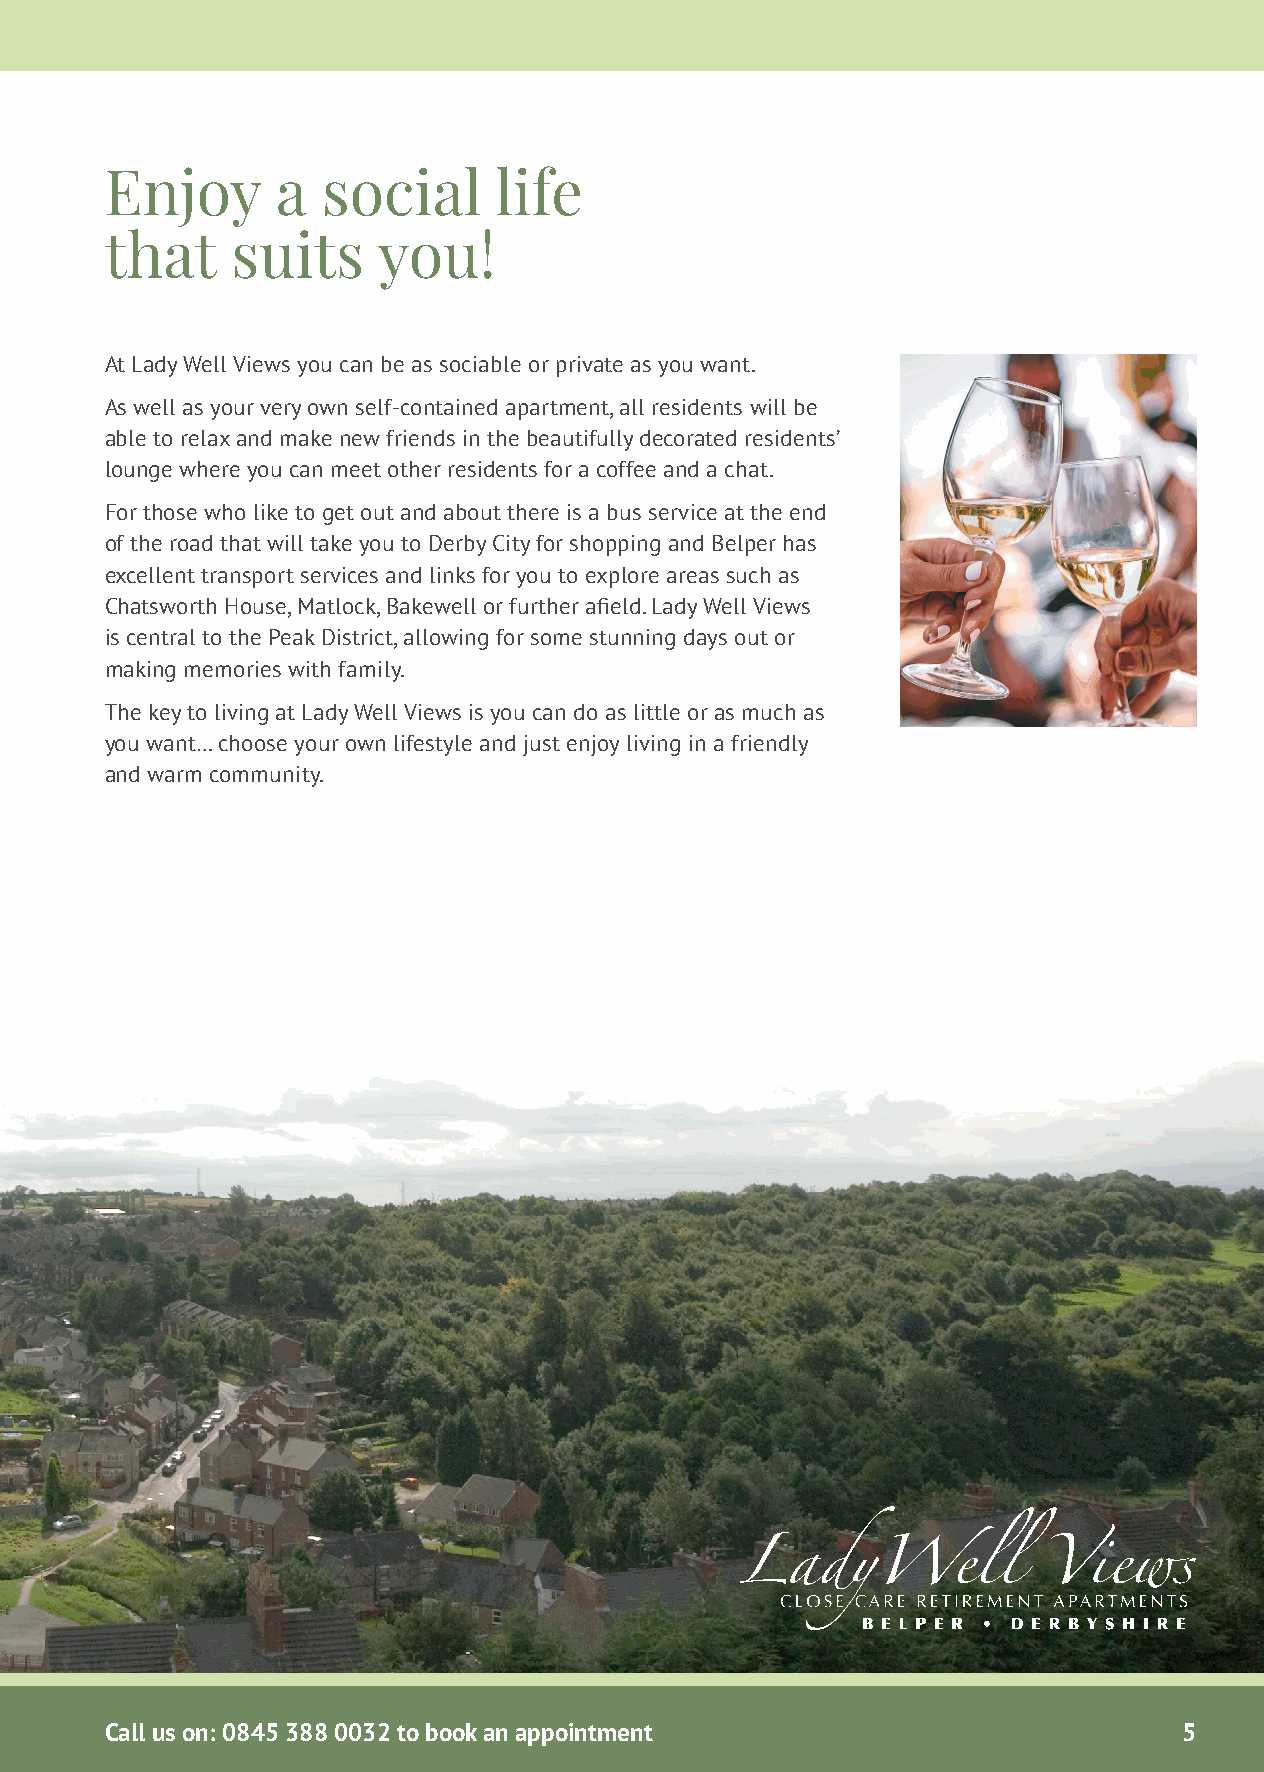
Enjoy      a  social      life
 that    suits     you!
 At Lady Well Views you can be as sociable or private as you want.
 As well as your very own self-contained apartment, all residents will be
 able to relax and make new friends in the beautifully decorated residents’
 lounge where you can meet other residents for a coffee and a chat.
 For those who like to get out and about there is a bus service at the end
 of the road that will take you to Derby City for shopping and Belper has
 excellent transport services and links for you to explore areas such as
 Chatsworth House, Matlock, Bakewell or further afield. Lady Well Views
 is central to the Peak District, allowing for some stunning days out or
 making memories with family.
 The key to living at Lady Well Views is you can do as little or as much as
 you want… choose your own lifestyle and just enjoy living in a friendly
 and warm community.
 Call us on: 0845 388 0032 to book an appointment                       5